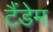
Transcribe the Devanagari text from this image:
टैंडेम